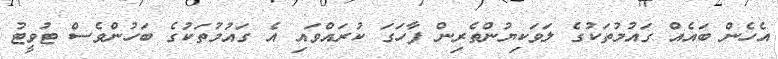
އެހެން ބައެއް ގައުމުތަކުގެ ލަވަކިޔުންތެރިން ފާހަގަ ކުރައްވައި އެ ގައުމުތަކުގެ ބަހުންވެސް ޓުވީޓު